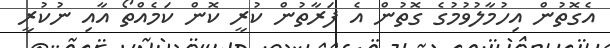
އެގޮތުން އިހުމާލުވުމުގެ ގޮތުން އެ ފަރާތުން ކުރީ ކޮން ކަމެއްތޯ އާއި ނުކުރީ